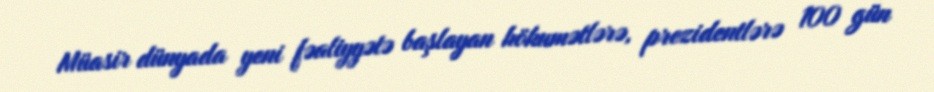
Müasir dünyada yeni fəaliyyətə başlayan hökumətlərə, prezidentlərə 100 gün